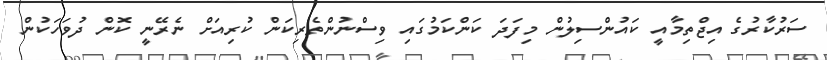
ސަރުކާރުގެ އިޖްތިމާއީ ކައުންސިލުން މިފަދަ ކަންކަމުގައި ވިސްނުންތެރިކަން ކުރިއަށް ނެރޭނީ ކޮން ދުވަހަކުން